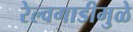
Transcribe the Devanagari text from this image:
रेल्वगाडीमुळे